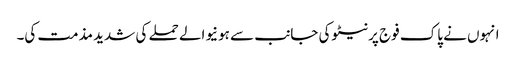
انہوں نے پاک فوج پرنیٹوکی جانب سے ہونیوالے حملے کی شدید مذمت کی۔